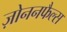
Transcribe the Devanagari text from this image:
ज़ोननफैल्स